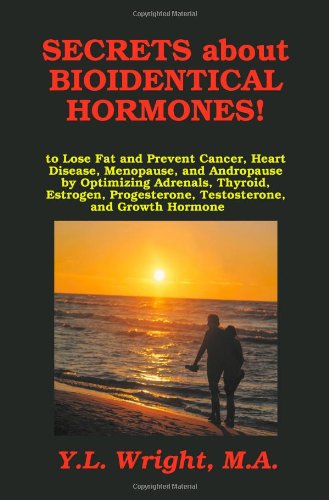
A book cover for Secrets about Bioidentical Hormones to Lose Fat and Prevent Cancer, Heart Disease, Menopause, and Andropause, by Optimizing Adrenals, Thyroid, Estrogen, Progesterone, Testosterone, and Growth Hormone!; Y.L. Wright M.A.; Health, Fitness & Dieting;